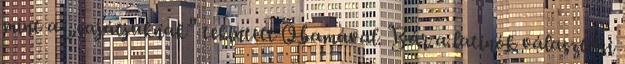
mint a „sajátjuknak” tekintett Obamával. Bár a latinók választási